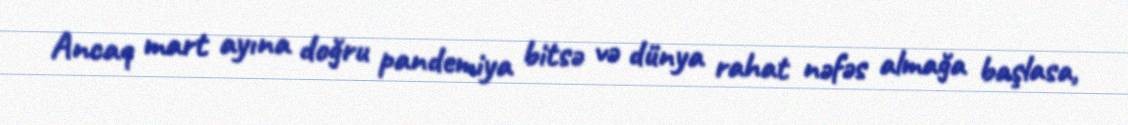
Ancaq mart ayına doğru pandemiya bitsə və dünya rahat nəfəs almağa başlasa,